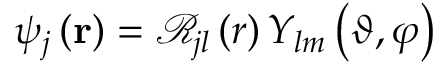
\psi _ { j } \left( \bf { r } \right) = \mathcal { R } _ { j l } \left( r \right) Y _ { l m } \left( \vartheta , \varphi \right)